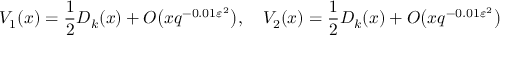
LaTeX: V _ { 1 } ( x ) = { \frac { 1 } { 2 } } D _ { k } ( x ) + O { \bigl ( } x q ^ { - 0 . 0 1 \varepsilon ^ { 2 } } { \bigr ) } , \quad V _ { 2 } ( x ) = { \frac { 1 } { 2 } } D _ { k } ( x ) + O { \bigl ( } x q ^ { - 0 . 0 1 \varepsilon ^ { 2 } } { \bigr ) }